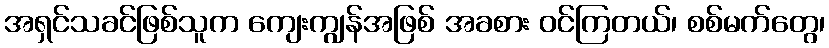
အရှင်သခင်ဖြစ်သူက ကျေးကျွန်အဖြစ် အခစား ဝင်ကြတယ်၊ စစ်မက်တွေ၊